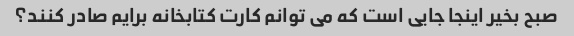
صبح بخیر اینجا جایی است که می توانم کارت کتابخانه برایم صادر کنند؟